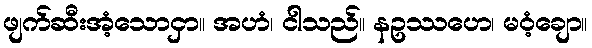
ဖျက်ဆီးအံ့သောငှာ။ အဟံ၊ ငါသည်။ နဥဿဟေ၊ မဝံ့ချော။